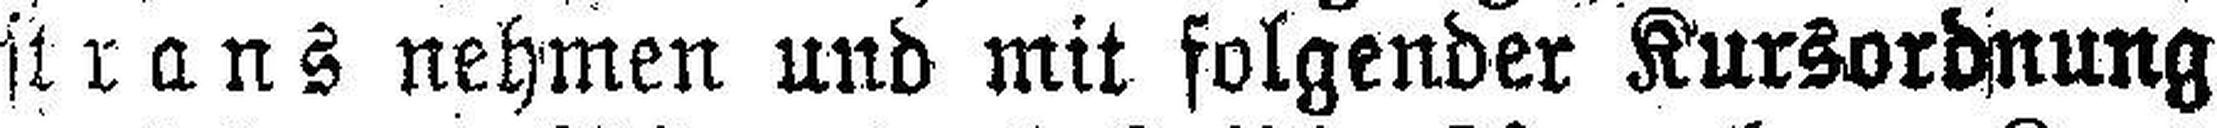
strans nehmen und mit folgender Kursordnung